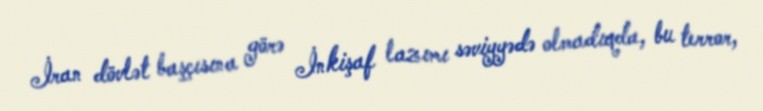
İran dövlət başçısına görə İnkişaf lazımı səviyyədə olmadıqda, bu terror,